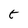
Character: t